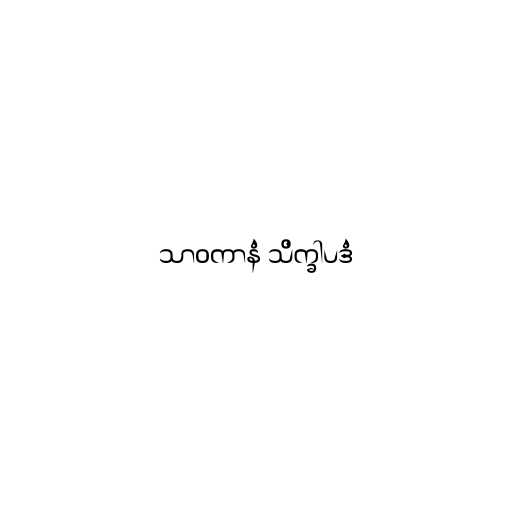
သာဝကာနံ သိက္ခါပဒံ